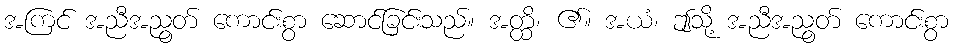
အကြင် အညီအညွတ် ကောင်းစွာ ဆောင်ခြင်းသည်။ အတ္ထိ၊ ၏။ အယံ၊ ဤသို့ အညီအညွတ် ကောင်းစွာ